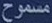
مسموح